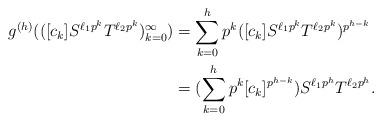
LaTeX: \begin{align*}g^{(h)}({([c_k]S^{\ell_1p^k}T^{\ell_2p^k})_{k=0}^\infty})&=\sum_{k=0}^h p^k([c_k]S^{\ell_1p^k}T^{\ell_2p^k})^{p^{h-k}}\\&=(\sum_{k=0}^h p^k[c_k]^{p^{h-k}})S^{\ell_1p^h}T^{\ell_2p^h}.\end{align*}